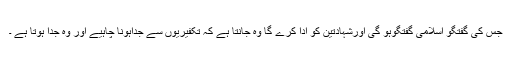
جس کی گفتگو اسلامی گفتگوہو گی اورشہادتین کو ادا کرے گا وہ جانتا ہے کہ تکفیریوں سے جداہونا چاہیے اور وہ جدا ہوتا ہے ۔